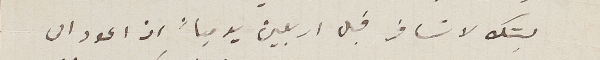
ليتك لا تسافر قبل اربعين يومياً اذ اعود الى